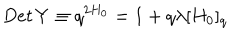
D e t \, Y \equiv q ^ { 2 H _ { 0 } } = 1 + q \lambda [ H _ { 0 } ] _ { q }